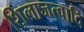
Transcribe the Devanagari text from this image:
शिलाजत्वादि